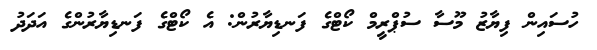
ހުސައިން ފިޔާޒު މޫސާ ސުޕްރީމް ކޯޓްގެ ފަނޑިޔާރުން: އެ ކޯޓްގެ ފަނޑިޔާރުންގެ އަދަދު